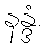
နန္ဒံ